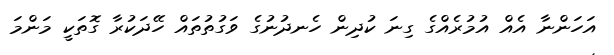
އަހަންނާ އެއް އުމުރެއްގެ ގިނަ ކުދިން ހެނދުނުގެ ވަގުތުތައް ހޭދަކުރާ ގޮތަކީ މަންމަ